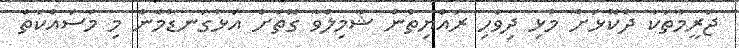
ޖަރީމާތަކާ ދެކޮޅަށް މުޅި ދިވެހި ރައްޔިތުން ޝާމިލްވާ ގޮތަށް އަޅުގަނޑުމެން މި މަސައްކަތް